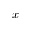
x